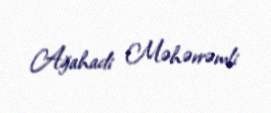
Ağahadi Məhərrəmli